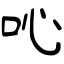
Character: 吣